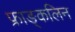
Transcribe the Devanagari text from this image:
फ्राङ्कलिन